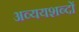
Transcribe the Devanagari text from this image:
अव्ययशब्दों